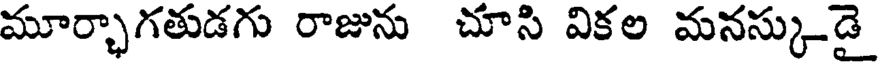
మూర్చాగతుడగు రాజును చూసి వికల మనస్కుడై